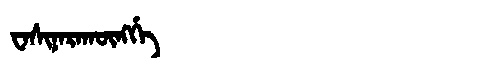
Manchu: ᠸᠠᠰᡳᠨᠠᡵᠠᡴᡡᠩᡤᡝ
Romanization: WASINARAKŪNGGE